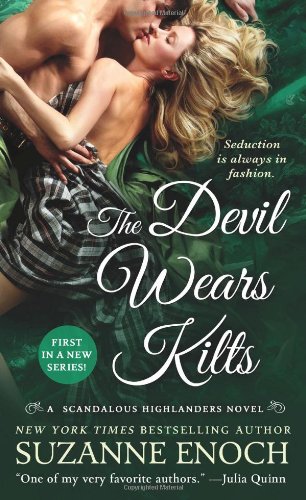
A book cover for The Devil Wears Kilts (Scandalous Highlanders); Suzanne Enoch; Romance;